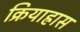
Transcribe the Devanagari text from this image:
क्रियाह्रास